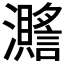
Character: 𤄧